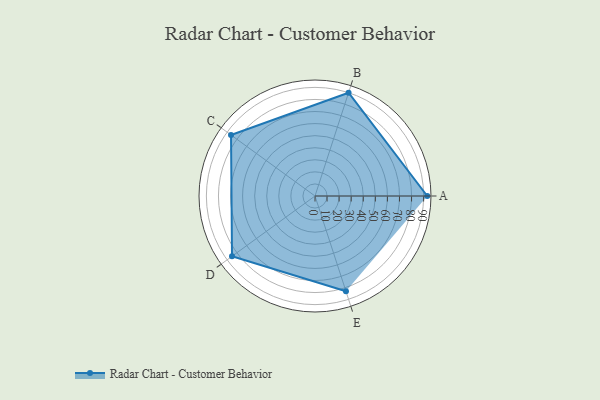
{"axis": {"x": "Skill", "y": "Score"}, "legend": ["Profile"], "data": [{"x": "A", "y": 93.0, "type": "Profile"}, {"x": "B", "y": 90.0, "type": "Profile"}, {"x": "C", "y": 86.0, "type": "Profile"}, {"x": "D", "y": 85.0, "type": "Profile"}, {"x": "E", "y": 83.0, "type": "Profile"}]}